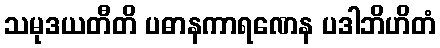
သမုဒယတီတိ ပဓာနကာရဏေန ပဒါဘိဟိတံ